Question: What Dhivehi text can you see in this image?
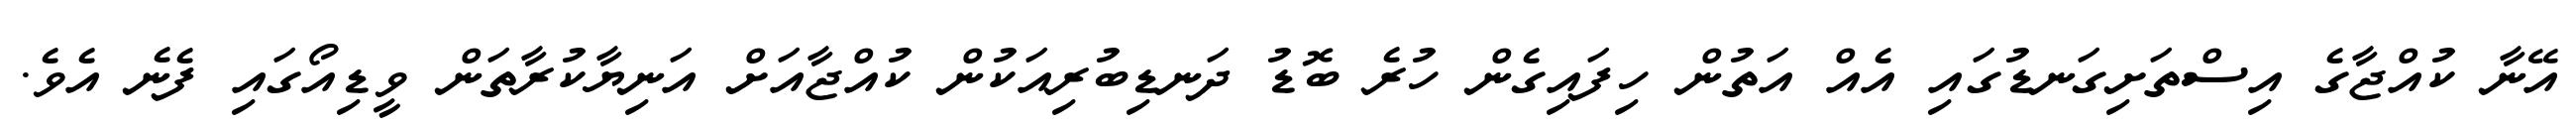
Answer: އޭނާ ކުއްޖާގެ އިސްތަށިގަނޑުގައި އެއް އަތުން ހިފައިގެން ހުރެ ބޮޑު ދަނޑިބުރިއަކުން ކުއްޖާއަށް އަނިޔާކުރާތަން ވީޑިއޯގައި ފެނެ އެވެ.